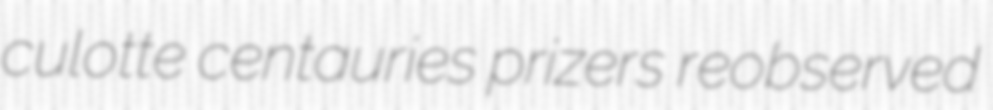
culotte centauries prizers reobserved